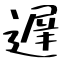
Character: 遅